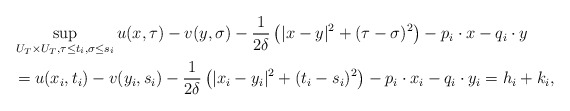
\begin{align*}&\sup_{U_{T}\times U_{T}, \tau\leq t_{i}, \sigma\leq s_{i}} u(x,\tau)-v(y,\sigma)-\frac{1}{2\delta}\left(|x-y|^{2}+(\tau-\sigma)^{2}\right)-p_{i}\cdot x-q_{i}\cdot y\\&=u(x_{i}, t_{i})-v(y_{i}, s_{i})-\frac{1}{2\delta}\left(|x_{i}-y_{i}|^{2}+(t_{i}-s_{i})^{2}\right)-p_{i}\cdot x_{i}-q_{i}\cdot y_{i}=h_{i}+k_{i},\end{align*}